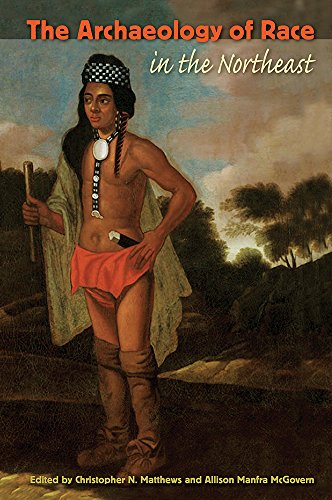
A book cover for The Archaeology of Race in the Northeast (Co-published with The Society for Historical Archaeology); Gay & Lesbian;